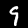
Digit: 9